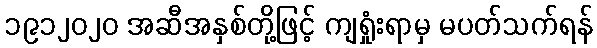
၁၉၁၂၀၂၀ အဆီအနှစ်တို့ဖြင့် ကျရှုံးရာမှ မပတ်သက်ရန်